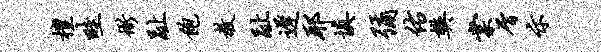
檀畦衙趾饱教趾迟耶填弥佑樊棠屑示